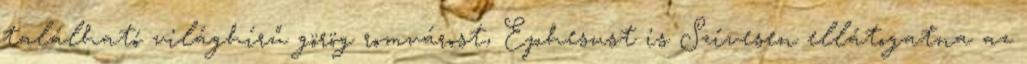
található világhírű görög romvárost, Ephesust is Szívesen ellátogatna az